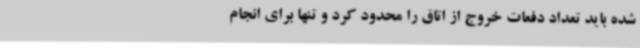
شده باید تعداد دفعات خروج از اتاق را محدود کرد و تنها برای انجام